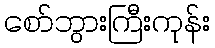
စော်ဘွားကြီးကုန်း